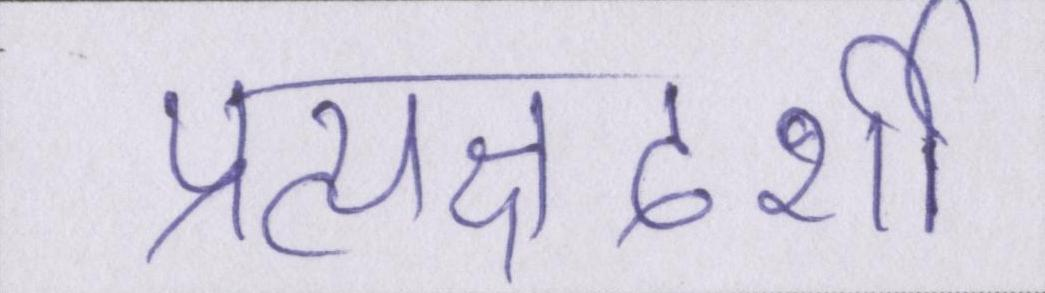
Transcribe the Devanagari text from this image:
प्रत्यक्षदर्शी